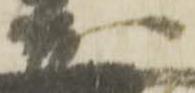
茂